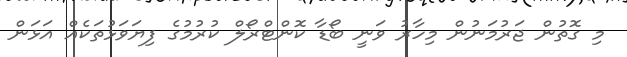
މި ގޮތުން ޖަރުމަނުން މިހާރު ވަނީ ބޯޑާ ކޮންޓްރޯލް ކުރުމުގެ ފިޔަވަޅުތަކެއް އަޅަން